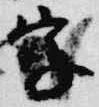
字